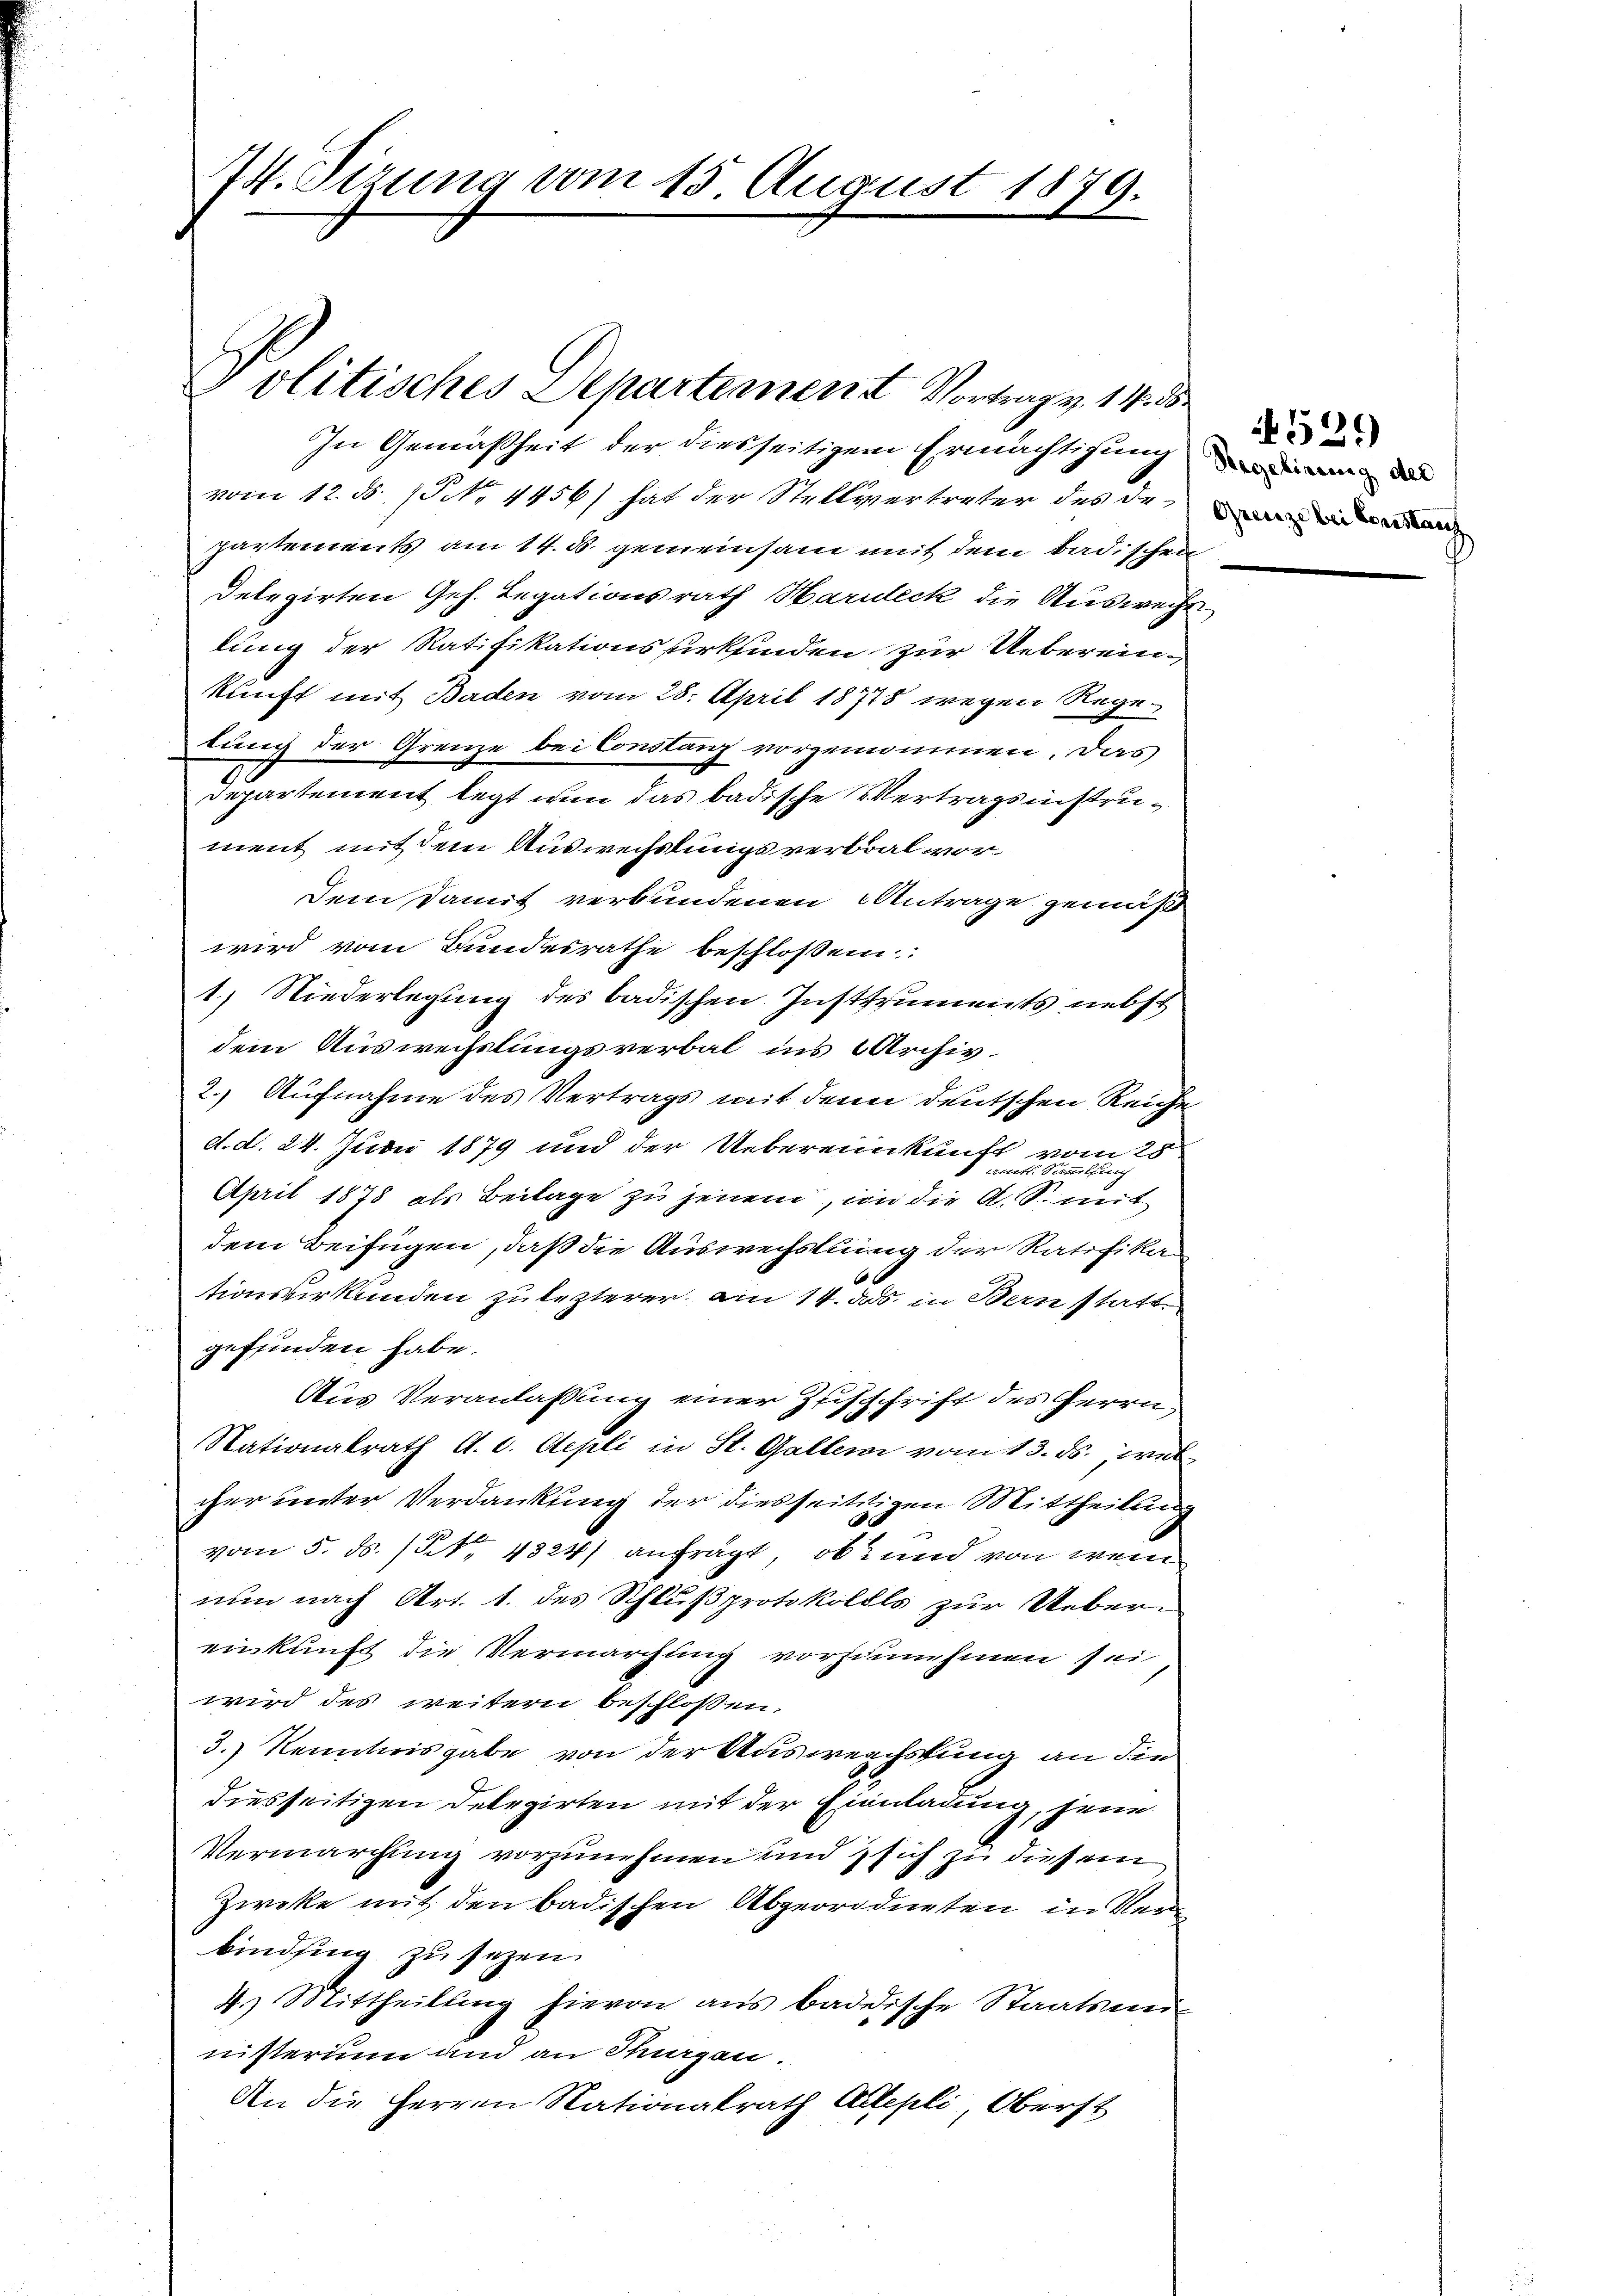
74. Sizung vom 15. August 1879.

In Gemäßheit der diesseitigem Ermächtigung
vom 12. B. No 1456) hat der Stellvertreter des de
partements am 14. d. gemeinsam mit dem badischen
Delegirten Geh. Legationsrath Haruleck die Auswecht
lung der Ratifikationsperkfinden zur Uebereinkunft mit Baden vom 28. April 18778 wegen Rege
dung der Grenze bei Constanz vorgenommen. Das
Departement legt wan das badische Vertragsinstrument mit dem Auswechslingsverbral vor¬
Dem Damit verbundenen Antrage gemäß
wird vom Bundesrathe beschloßen:
1.) Niederlegung des badischen Instruments nebst
dem Auswechslungsverbal ins Archiv.
2.) Aufnahme des Vertrags mit den deutschen Reiche
d. d. 24. Juni 1879 und der Uebereinkunft vom 28.
mden der einer einen
April 1878 als Beilage zu jenem, in die A. S. mit
dem Beifügen, daß die Auswechslung der Ratifikationsverkunden zulezterer am 14. ds. in Bern statt
gefunden habe.
Aus Veranlassung einer Zeisschrift des Herrn
Nationalrath A. v. Aepli in St. Gallen vom 13. ds., welcher unter Verdankung der diesseitigen Mittheilung
vom 5. ds. (§ 1324) anfrägt, ob und von wen
nun nach Art. 1. des Schlußprotokollls zur Uebereinkunft die Vermarchung vorzunehmen sei,
wird des weitern beschlossen,
3.) Kenntnisgabe von der Ausweichstung an die
diesseitigen Delegirten mit der Einladung, jene
Vermarchung vorzunehmen und sich zu diesem
Zweke mit den badischen Abgeordneten in Verm
bindling zu sezen.
4) Mittheilung hievon aus badische Staatsan-
nisterium und an Stuargen.
An die Herren Nationalrath Altepli, Oberst

Politisches Departement Vortrag v. 14. d

N 529
Regelirung der